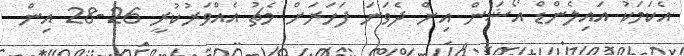
އެކަމަކު އައިލެންޑް އޯޝަން އިން ދެވަނަ ފަހަރަށް މެޗު އެއްވަރުކުރީ 26-28 އިން